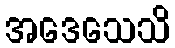
အဒေသေသိ